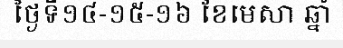
ថ្ងៃទី១៤-១៥-១៦ ខែមេសា ឆ្នាំ